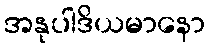
အနုပါဒိယမာနော